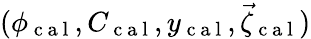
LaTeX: (\phi_{\mathrm{~c~a~l~}},C_{\mathrm{~c~a~l~}},y_{\mathrm{~c~a~l~}},\vec{\zeta}_{\mathrm{~c~a~l~}})